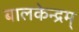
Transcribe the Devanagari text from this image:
बालकेन्द्रम्